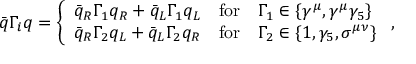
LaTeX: \bar { q } \Gamma _ { i } q = \left\{ \begin{array} { l c l } { { \bar { q } _ { R } \Gamma _ { 1 } q _ { R } + \bar { q } _ { L } \Gamma _ { 1 } q _ { L } } } & { { \mathrm { f o r } } } & { { \Gamma _ { 1 } \in \{ \gamma ^ { \mu } , \gamma ^ { \mu } \gamma _ { 5 } \} } } \\ { { \bar { q } _ { R } \Gamma _ { 2 } q _ { L } + \bar { q } _ { L } \Gamma _ { 2 } q _ { R } } } & { { \mathrm { f o r } } } & { { \Gamma _ { 2 } \in \{ 1 , \gamma _ { 5 } , \sigma ^ { \mu \nu } \} } } \end{array} \right. ,